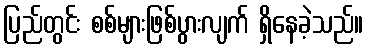
ပြည်တွင်း စစ်များဖြစ်ပွားလျက် ရှိနေခဲ့သည်။